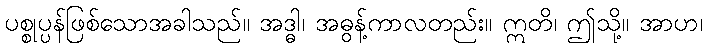
ပစ္စုပ္ပန်ဖြစ်သောအခါသည်။ အဒ္ဓါ၊ အဓွန့်ကာလတည်း။ ဣတိ၊ ဤသို့။ အာဟ၊